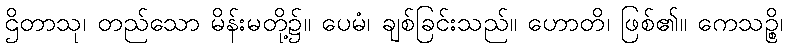
ဌိတာသု၊ တည်သော မိန်းမတို့၌။ ပေမံ၊ ချစ်ခြင်းသည်။ ဟောတိ၊ ဖြစ်၏။ ကေသဉ္စိ၊